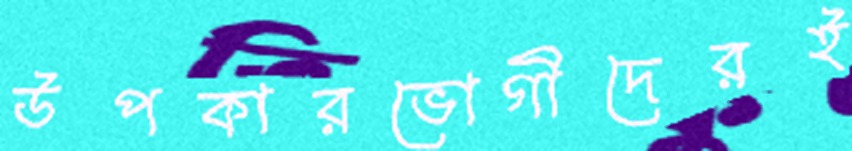
উপকারভোগীদেরই